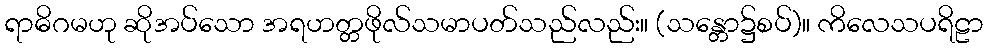
ရာဓိဂမဟု ဆိုအပ်သော အရဟတ္တဖိုလ်သမာပတ်သည်လည်း။ (သန္တော၌စပ်)။ ကိလေသပရိဠာ